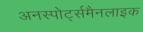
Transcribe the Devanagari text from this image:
अनस्पोर्ट्समैनलाइक